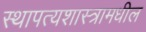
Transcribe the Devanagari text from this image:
स्थापत्यशास्त्रामधील